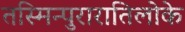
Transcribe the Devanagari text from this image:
तस्मिन्पुरारातिलोके